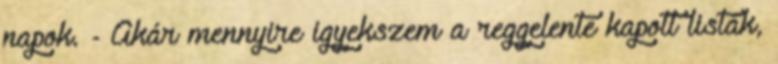
napok. - Akár mennyire igyekszem a reggelente kapott listák,